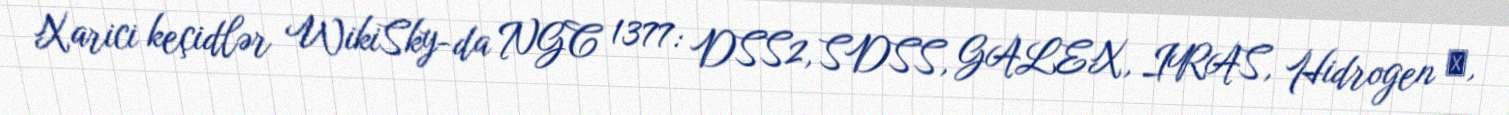
Xarici keçidlər WikiSky-da NGC 1377: DSS2, SDSS, GALEX, IRAS, Hidrogen α,